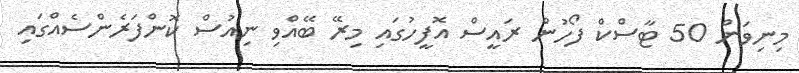
މިނިވަން 50 ޓާސްކް ފޯހުން ރައީސް އޮފީހުގައި މިރޭ ބޭއްވި ނިއުސް ކޮންފަރެންސެއްގައި